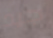
جيد